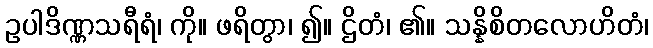
ဥပါဒိဏ္ဏသရီရံ၊ ကို။ ဖရိတွာ၊ ၍။ ဌိတံ၊ ၏။ သန္နိစိတလောဟိတံ၊